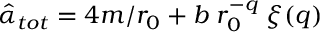
\hat { \alpha } _ { t o t } = 4 m / r _ { 0 } + b \; r _ { 0 } ^ { - q } \; \xi ( q )